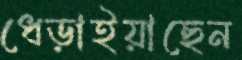
ধেড়াইয়াছেন